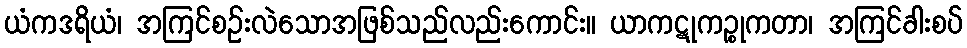
ယံကဒရိယံ၊ အကြင်စဉ်းလဲသောအဖြစ်သည်လည်းကောင်း။ ယာကဋုကဉ္စုကတာ၊ အကြင်ခါးစပ်